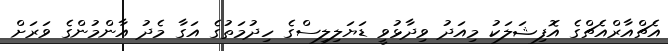
އެޗްއާރްއެޗްގެ އޮފިޝަލަކު މިއަދު ވިދާޅުވީ ޑަޔަލިލިސްގެ ހިދުމަތުގެ އަގާ މެދު އާންމުންގެ ވަރަށް